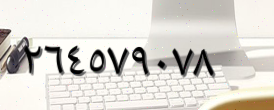
٢٦٤٥٧٩٠٧٨